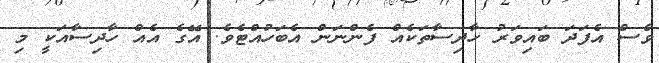
ވެސް އެފަދަ ބައިވަރު ހާދިސާތަކެއް ފެންނަން އެބަހުއްޓެވެ. އޭގެ އެއް ހާދިސާއަކީ މި